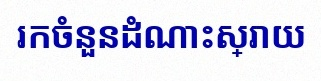
រកចំនួនដំណោះស្រាយ